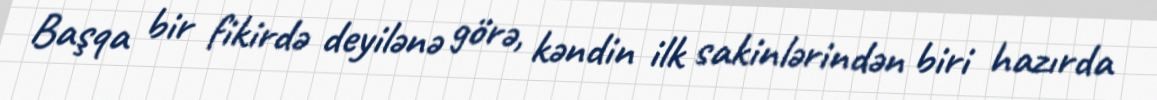
Başqa bir fikirdə deyilənə görə, kəndin ilk sakinlərindən biri hazırda